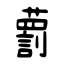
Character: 藅